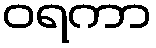
ဝရကာ